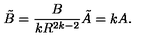
\tilde { B } = \frac { B } { k R ^ { 2 k - 2 } } \tilde { A } = k A .